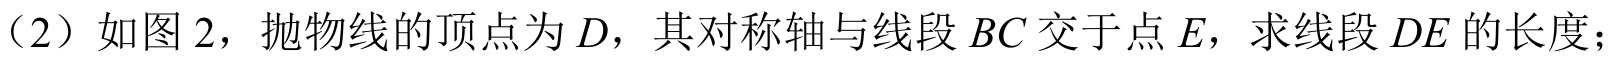
（2）如图2，抛物线的顶点为\(D\)，其对称轴与线段\(BC\)交于点\(E\)，求线段\(DE\)的长度；